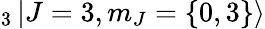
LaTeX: _{3}\mathinner{|{J=3,m_{J}=\{ 0,3\} }\rangle}